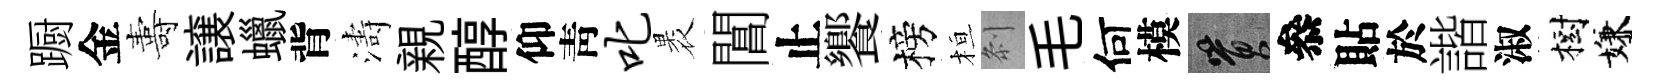
蹰金夀譲蠟背濤親醇仰靑叱褁閶止饗榜桓𠛴毛何模篔叅貼於諧淑樹嫌